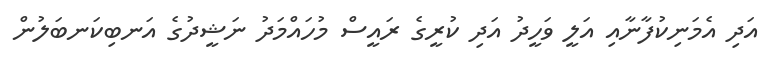
އަދި އެމަނިކުފާނާއި އަލީ ވަހީދު އަދި ކުރީގެ ރައީސް މުހައްމަދު ނަޝީދުގެ އަނބިކަނބަލުން